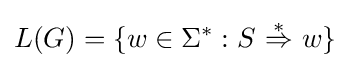
L(G)=\{w\in \Sigma ^{*}:S~{\stackrel {*}{\Rightarrow }}~w\}